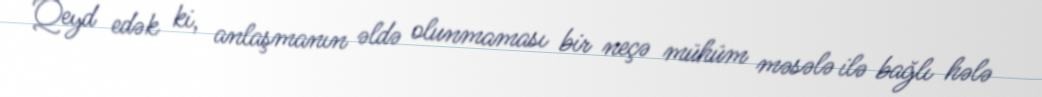
Qeyd edək ki, anlaşmanın əldə olunmaması bir neçə mühüm məsələ ilə bağlı hələ